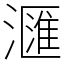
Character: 𣿬